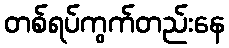
တစ်ရပ်ကွက်တည်းနေ